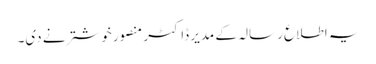
یہ اطلاع رسالہ کے مدیر ڈاکٹر منصور خوشتر نے دی۔